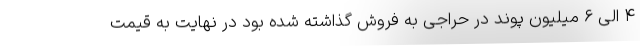
۴ الی ۶ میلیون پوند در حراجی به فروش گذاشته شده بود در نهایت به قیمت